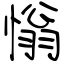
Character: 慃